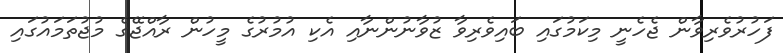
ފަހުރުވެރިވާން ޖެހެނީ މިކަމުގައި ބައިވެރިވާ ޒުވާނުންނާއި އެކި އުމުރުގެ މީހުން ރާއްޖޭގެ މުޖުތަމައުގައި